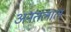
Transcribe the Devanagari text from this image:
अनंतलाल